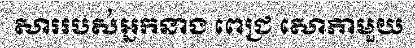
សាររបស់អ្នកនាង ពេជ្រ សោភាមួយ